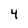
Character: 4